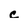
Character: c